65_HS1-834228961_62-HQ-83894_Section_7
Agency: FBI
Page 21
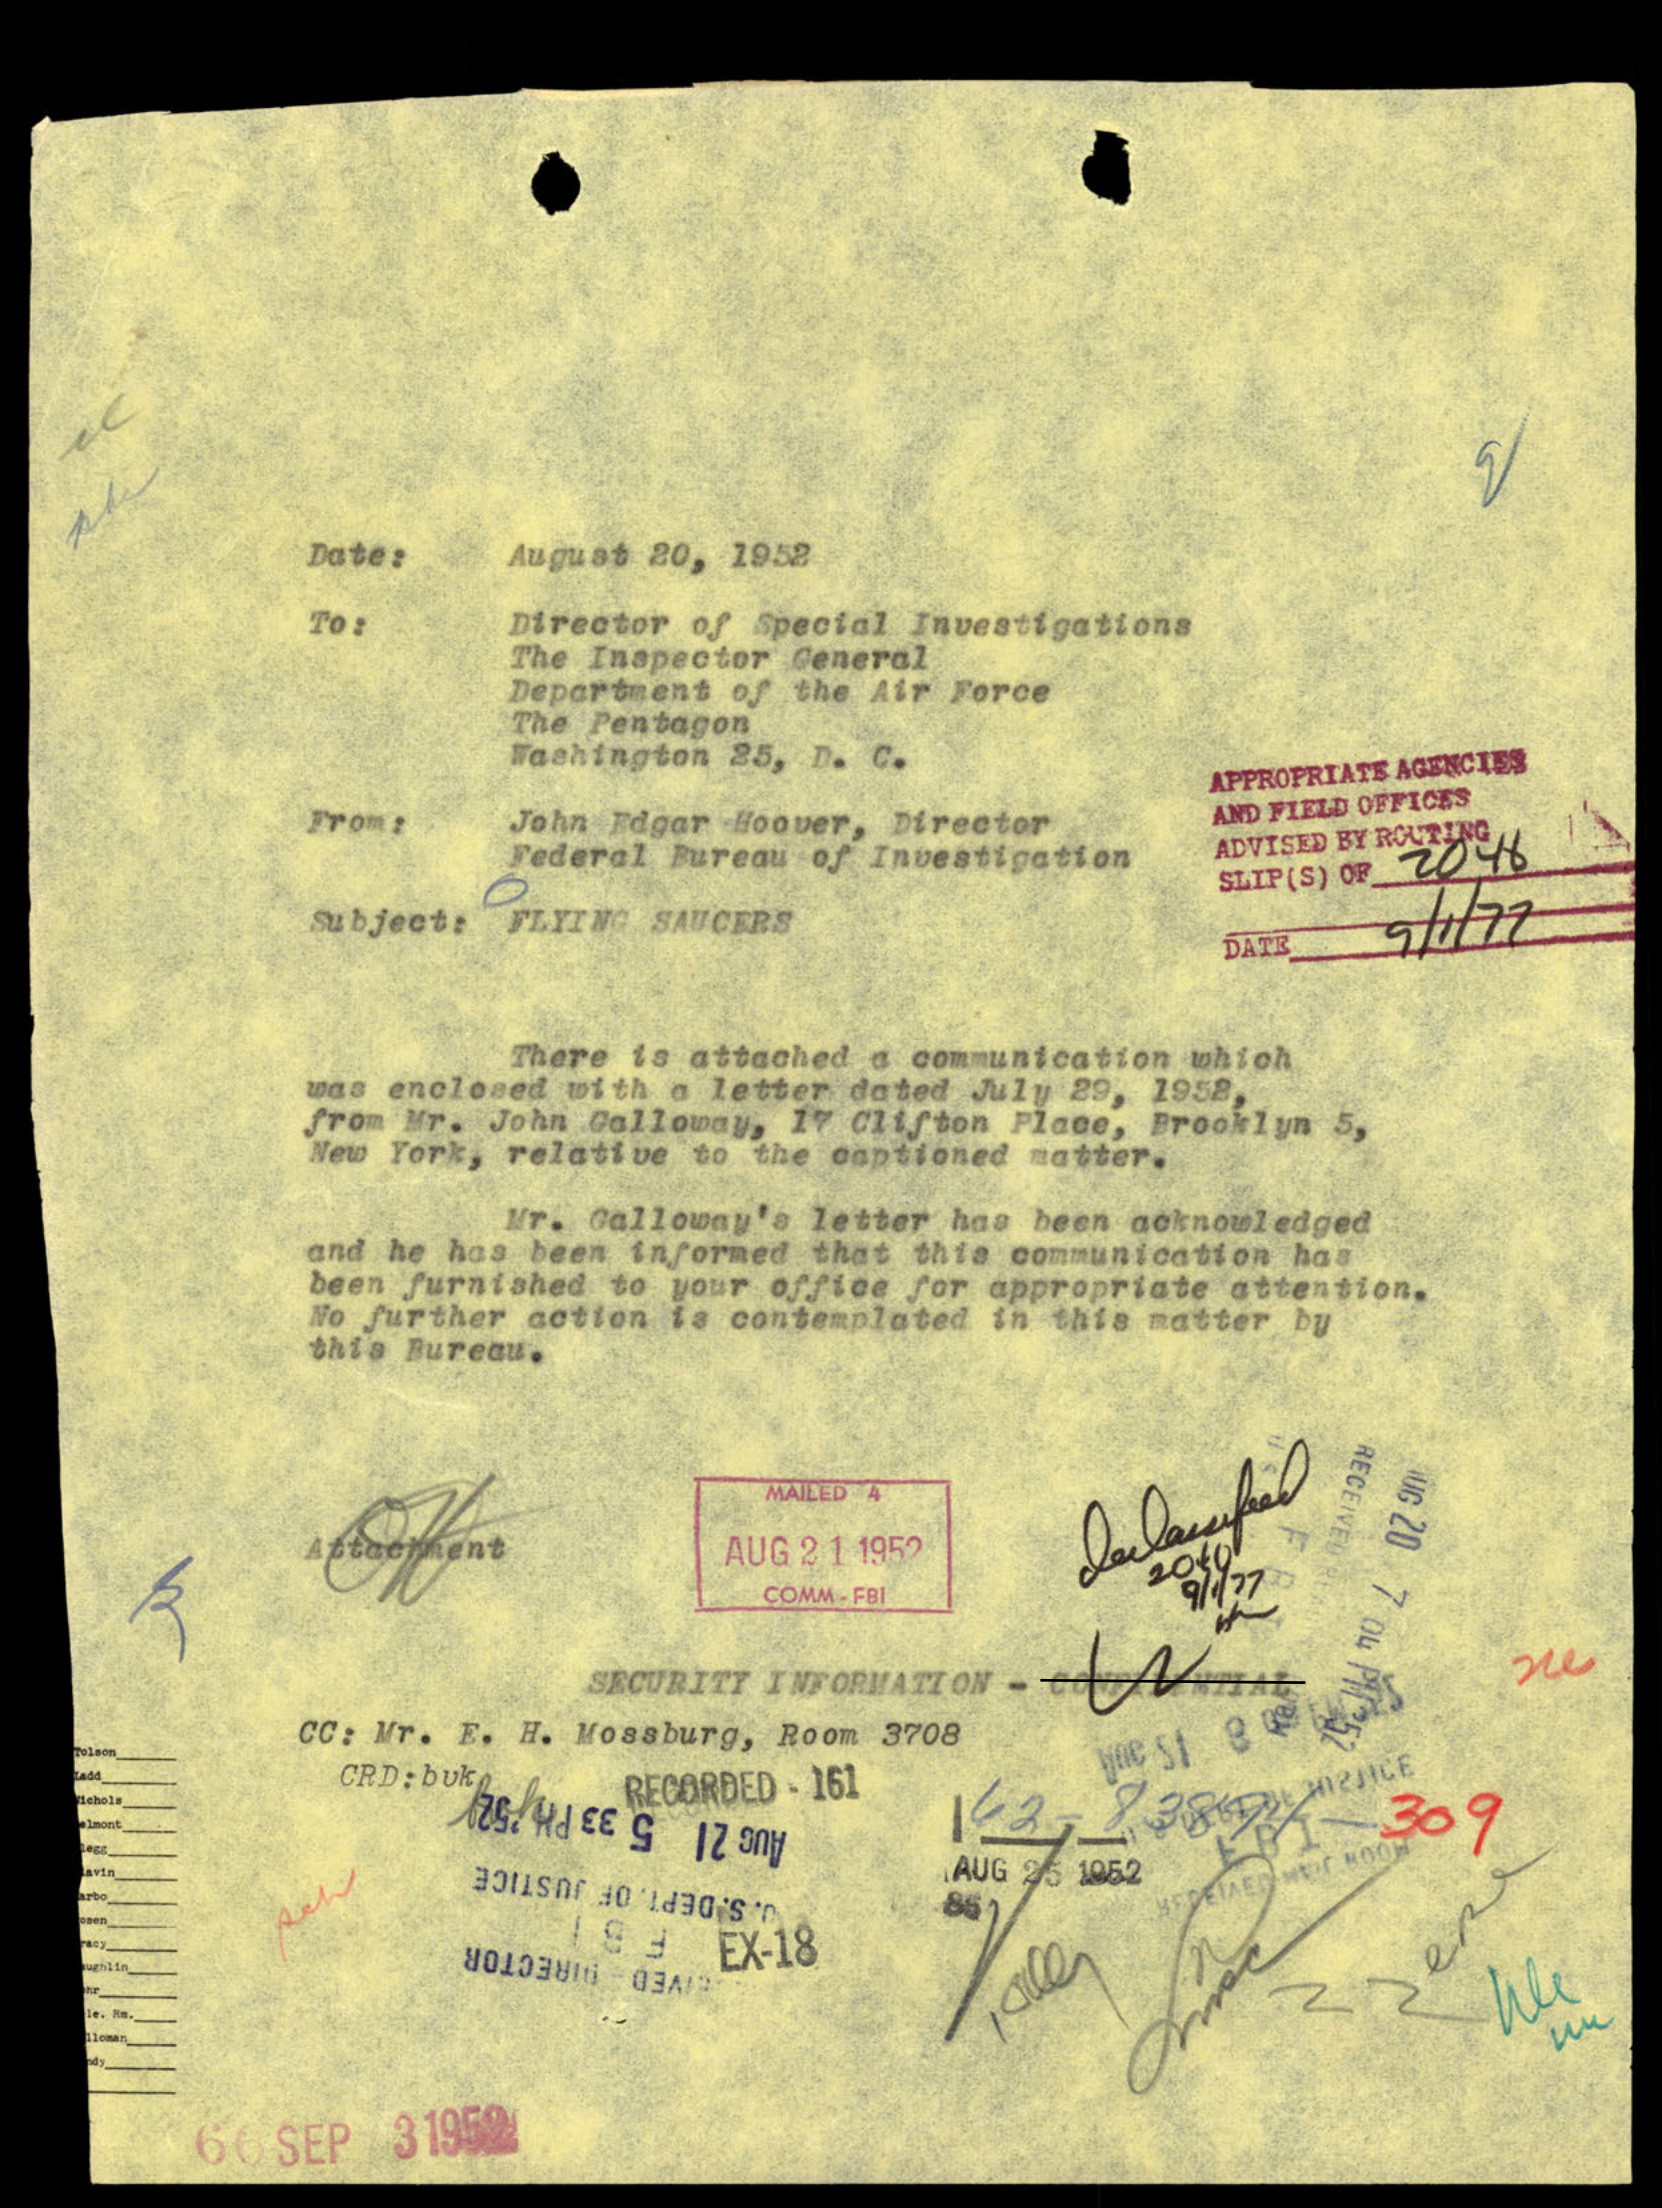